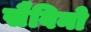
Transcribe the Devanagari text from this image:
सैविनो